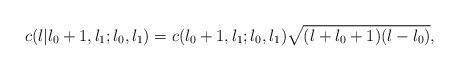
LaTeX: \begin{align*}c(l|l_{0}+1,l_{1};l_{0},l_{1}) = c(l_{0}+1,l_{1};l_{0},l_{1})\sqrt{(l+l_{0}+1)(l-l_{0})},\end{align*}